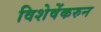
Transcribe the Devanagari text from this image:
विशेषेंकरुन